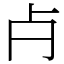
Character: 𣦵